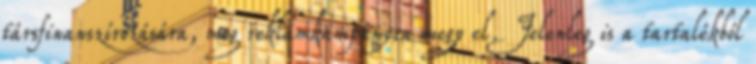
társfinanszírozására, meg reklámkampányra megy el. Jelenleg is a tartalékból